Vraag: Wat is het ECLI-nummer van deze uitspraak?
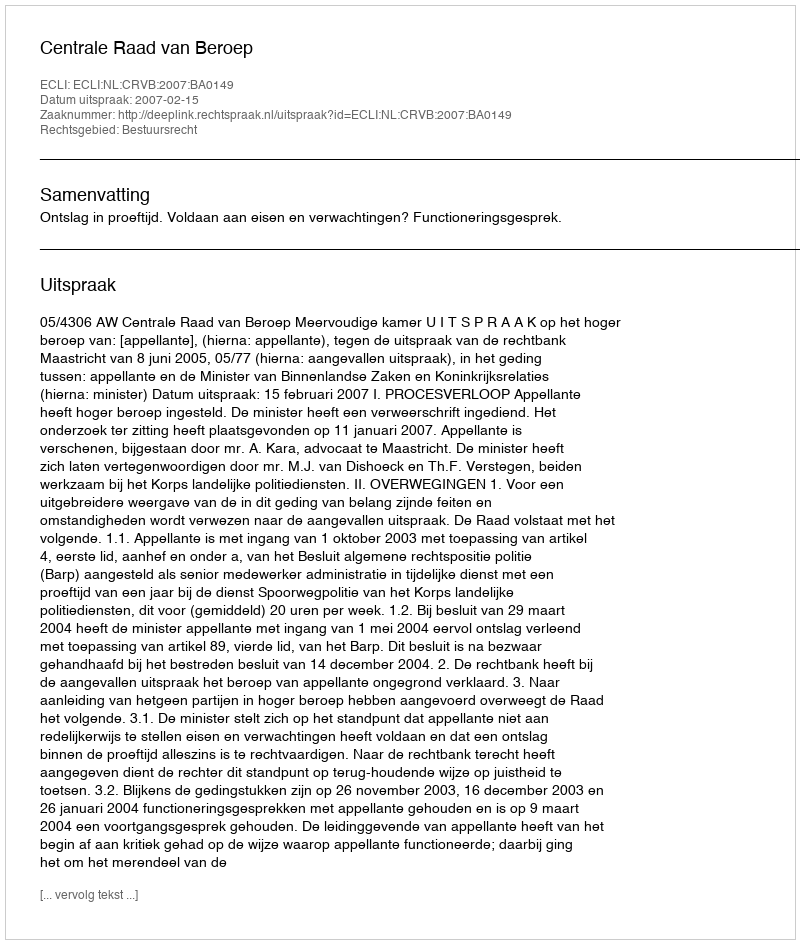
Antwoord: ECLI:NL:CRVB:2007:BA0149